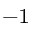
^ { - 1 }